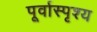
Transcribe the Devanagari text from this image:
पूर्वास्पृश्य